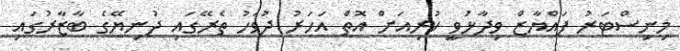
މިނިސްޓަރު ފައްޔާޒް ވިދާޅުވީ ކުރިއަށް އޮތް އަހަރު ދުވަހު ތެރޭގައި ދުނިޔޭގެ ބާޒާރުގައި